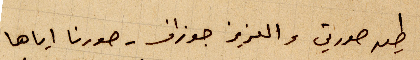
طير صورتي والعزيز جوزاف - صورنا إياها